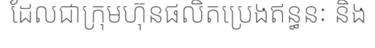
ដែលជាក្រុមហ៊ុនផលិតប្រេងឥន្ធនៈ និង